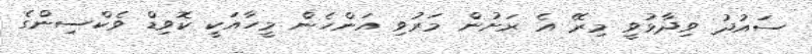
ސައުދު ވިދާޅުވީ މިރޭ އެ ރަށުން މަރުވި އަންހެން މީހާއަކީ ކޮވިޑް ވެކްސިންގެ